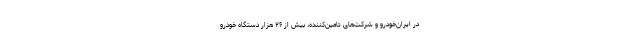
در ایران‌خودرو و شرکت‌های تامین‌کننده، بیش از ۲۶ هزار دستگاه خودرو